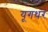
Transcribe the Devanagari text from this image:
यूगधंर